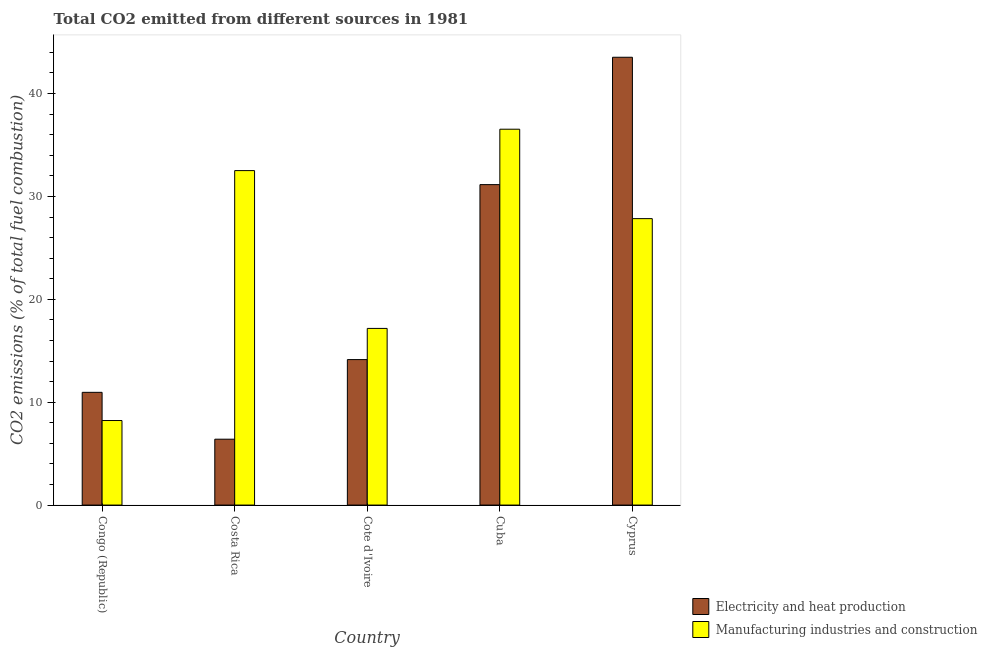
| Country | Electricity and heat production | Manufacturing industries and construction |
 | --- | --- | --- |
 | Congo (Republic) | 11 | 8.22 |
 | Costa Rica | 6.4 | 32.5 |
 | Cote d'Ivoire | 14.1 | 17.2 |
 | Cuba | 31.2 | 36.5 |
 | Cyprus | 43.5 | 27.8 |